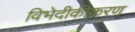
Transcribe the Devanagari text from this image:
विभेदीकीकरण